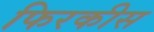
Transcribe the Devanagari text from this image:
फिरकीस